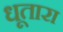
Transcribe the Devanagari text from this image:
धूतारा